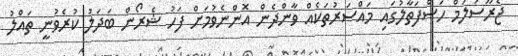
ޖެރޫސަލަމް ހަސްފަތާލުގައި މައްސަރުތަކެއް ވާންދެން އޮންނެވުމަށް ފަހު ޝެރޯން ބަދަލު ކުރެވުނީ ތައްލު